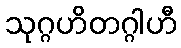
သုဂ္ဂဟိတဂ္ဂါဟီ